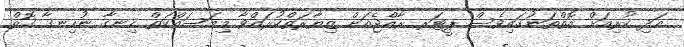
އަދި ކުރިއަށް އޮތްތަނުގައިވެސް ޕީޓަރ ރާއްޖެއަށް ޒިޔާރަތްކުރައްވާ މިމަސައްކަތް ހިނގާ ނުހިނގާ ގޮތް